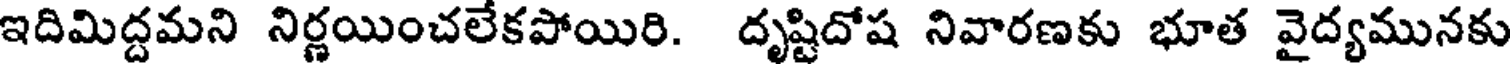
ఇదిమిద్దమని నిర్ణయించలేకపోయిరి. దృష్టిదోష నివారణకు భూత వైద్యమునకు